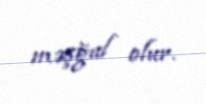
məşğul olur.